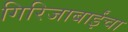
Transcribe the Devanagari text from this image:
गिरिजाबाईंचा